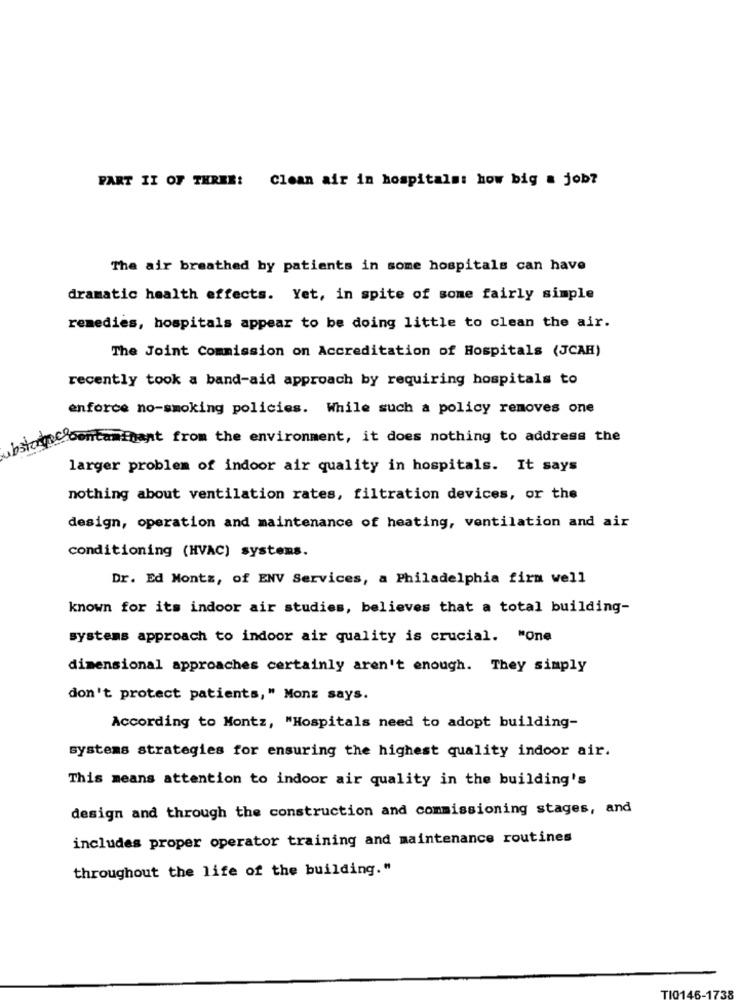
PART II OF THREE: Clean air in hospitals: how big a job?
The air breathed by patients in some hospitals can have
dramatic health effects. Yet, in spite of some fairly simple
remedies, hospitals appear to be doing little to clean the air.
The Joint Commission on Accreditation of Hospitals (JCAR)
recently took a band-aid approach by requiring hospitals to
enforce no-smoking policies. While such a policy removes one
contaminant from the environment, it does nothing to address the
larger problem of indoor air quality in hospitals. It says
nothing about ventilation rates, filtration devices, or the
design, operation and maintenance of heating, ventilation and air
conditioning (HVAC) systems.
Dr. Ed Montz, of ENV Services, a Philadelphia firm well
known for its indoor air studies, believes that a total building-
systems approach to indoor air quality is crucial. "One
dimensional approaches certainly aren't enough. They simply
don't protect patients," Monz says.
According to Montz, "Hospitals need to adopt building-
systems strategies for ensuring the highest quality indoor air.
This means attention to indoor air quality in the building's
design and through the construction and commissioning stages, and
includes proper operator training and maintenance routines
throughout the life of the building."